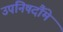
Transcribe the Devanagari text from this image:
उपनिषदौंमे